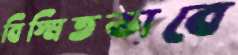
বিস্মিতভাবে